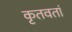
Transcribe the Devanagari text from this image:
कृतवतां